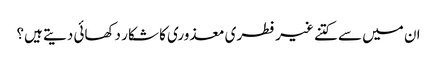
ان میں سے کتنے غیر فطری معذوری کا شکار دکھائی دیتے ہیں؟